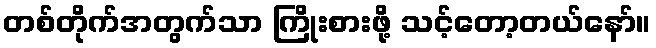
တစ်တိုက်အတွက်သာ ကြိုးစားဖို့ သင့်တော့တယ်နော်။